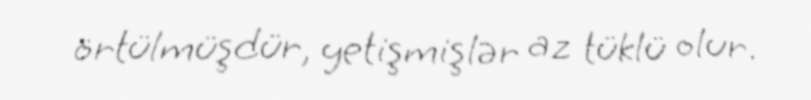
örtülmüşdür, yetişmişlər az tüklü olur.